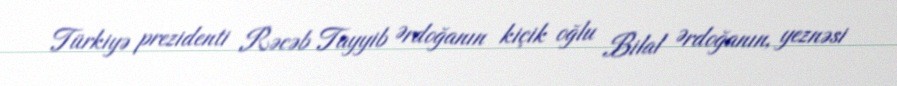
Türkiyə prezidenti Rəcəb Tayyib Ərdoğanın kiçik oğlu Bilal Ərdoğanın, yeznəsi